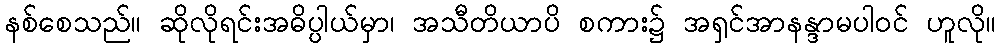
နစ်စေသည်။ ဆိုလိုရင်းအဓိပ္ပါယ်မှာ၊ အသီတိယာပိ စကား၌ အရှင်အာနန္ဒာမပါဝင် ဟူလို။